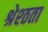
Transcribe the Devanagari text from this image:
श्रेश्ठता